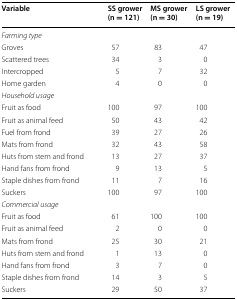
<table><thead><tr><td><b>Variable</b></td><td><b>SS grower (n = 121)</b></td><td><b>MS grower (n = 30)</b></td><td><b>LS grower (n = 19)</b></td></tr></thead><tbody><tr><td colspan="4"><i>Farming type</i></td></tr><tr><td>Groves</td><td>57</td><td>83</td><td>47</td></tr><tr><td>Scattered trees</td><td>34</td><td>3</td><td>0</td></tr><tr><td>Intercropped</td><td>5</td><td>7</td><td>32</td></tr><tr><td>Home garden</td><td>4</td><td>0</td><td>0</td></tr><tr><td colspan="4"><i>Household usage</i></td></tr><tr><td>Fruit as food</td><td>100</td><td>97</td><td>100</td></tr><tr><td>Fruit as animal feed</td><td>50</td><td>43</td><td>42</td></tr><tr><td>Fuel from frond</td><td>39</td><td>27</td><td>26</td></tr><tr><td>Mats from frond</td><td>32</td><td>43</td><td>58</td></tr><tr><td>Huts from stem and frond</td><td>13</td><td>27</td><td>37</td></tr><tr><td>Hand fans from frond</td><td>9</td><td>13</td><td>5</td></tr><tr><td>Staple dishes from frond</td><td>11</td><td>7</td><td>16</td></tr><tr><td>Suckers</td><td>100</td><td>97</td><td>100</td></tr><tr><td colspan="4"><i>Commercial usage</i></td></tr><tr><td>Fruit as food</td><td>61</td><td>100</td><td>100</td></tr><tr><td>Fruit as animal feed</td><td>2</td><td>0</td><td>0</td></tr><tr><td>Mats from frond</td><td>25</td><td>30</td><td>21</td></tr><tr><td>Huts from stem and frond</td><td>1</td><td>13</td><td>0</td></tr><tr><td>Hand fans from frond</td><td>3</td><td>7</td><td>0</td></tr><tr><td>Staple dishes from frond</td><td>14</td><td>3</td><td>5</td></tr><tr><td>Suckers</td><td>29</td><td>50</td><td>37</td></tr></tbody></table>